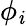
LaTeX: \phi_{\mathit{i}}